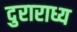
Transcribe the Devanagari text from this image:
दुराराध्य